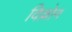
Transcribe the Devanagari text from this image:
विल्लोन